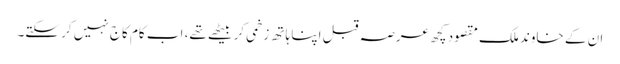
ان کے خاوند ملک مقصود کچھ عرصہ قبل اپنا ہاتھ زخمی کر بیٹھے تھے، اب کام کاج نہیں کر سکتے۔